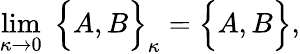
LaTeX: \operatorname*{lim}_{\kappa\rightarrow 0}\; \Big\{ A,B\Big\} _{\kappa}=\Big\{ A,B\Big\} ,